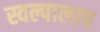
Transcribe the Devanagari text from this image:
स्वल्पालाप